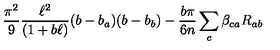
{ \frac { \pi ^ { 2 } } { 9 } } { \frac { \ell ^ { 2 } } { ( 1 + b \ell ) } } ( b - b _ { a } ) ( b - b _ { b } ) - { \frac { b \pi } { 6 n } } \sum _ { c } \beta _ { c a } R _ { a b }